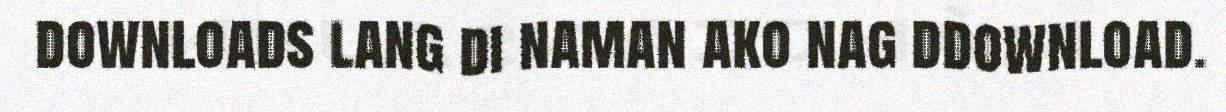
downloads lang di naman ako nag ddownload.